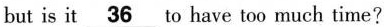
but is it \underline{36} to have too much time?